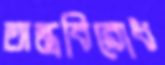
অস্ত্রবিরোধ